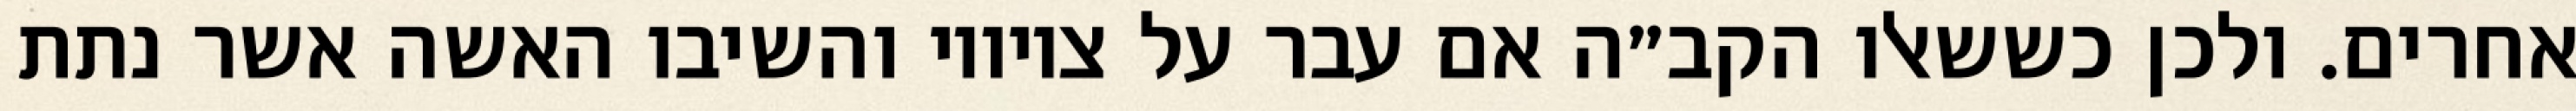
אחרים. ולכן כששאלו הקב״ה אם עבר על ציוויו והשיבו האשה אשר נתת